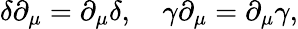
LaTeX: \delta\partial_{\mu}=\partial_{\mu}\delta,\quad\gamma\partial_{\mu}=\partial_{\mu}\gamma,